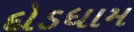
દોડધામ